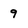
Character: 9